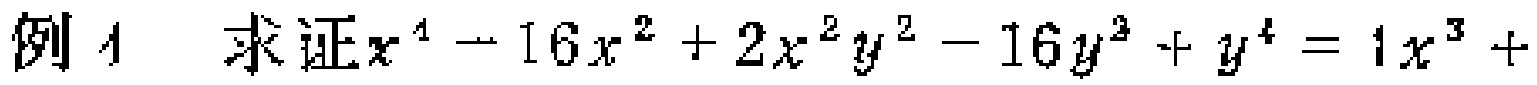
例1 求证\(x^{4}-16x^{2}+2x^{2}y^{2}-16y^{2}+y^{4}=1x^{3}+\)